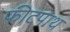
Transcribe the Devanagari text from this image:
फीटपाथ